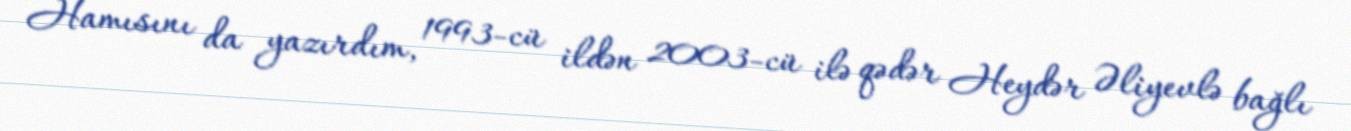
Hamısını da yazırdım, 1993-cü ildən 2003-cü ilə qədər Heydər Əliyevlə bağlı